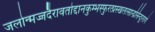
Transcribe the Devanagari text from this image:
जलोन्मज्जदैरावतोद्दानकुम्भस्फुरत्प्रस्खलत्सान्द्रसिन्दूररागे